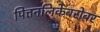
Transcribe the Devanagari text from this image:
पित्तनलिकेबरोबर